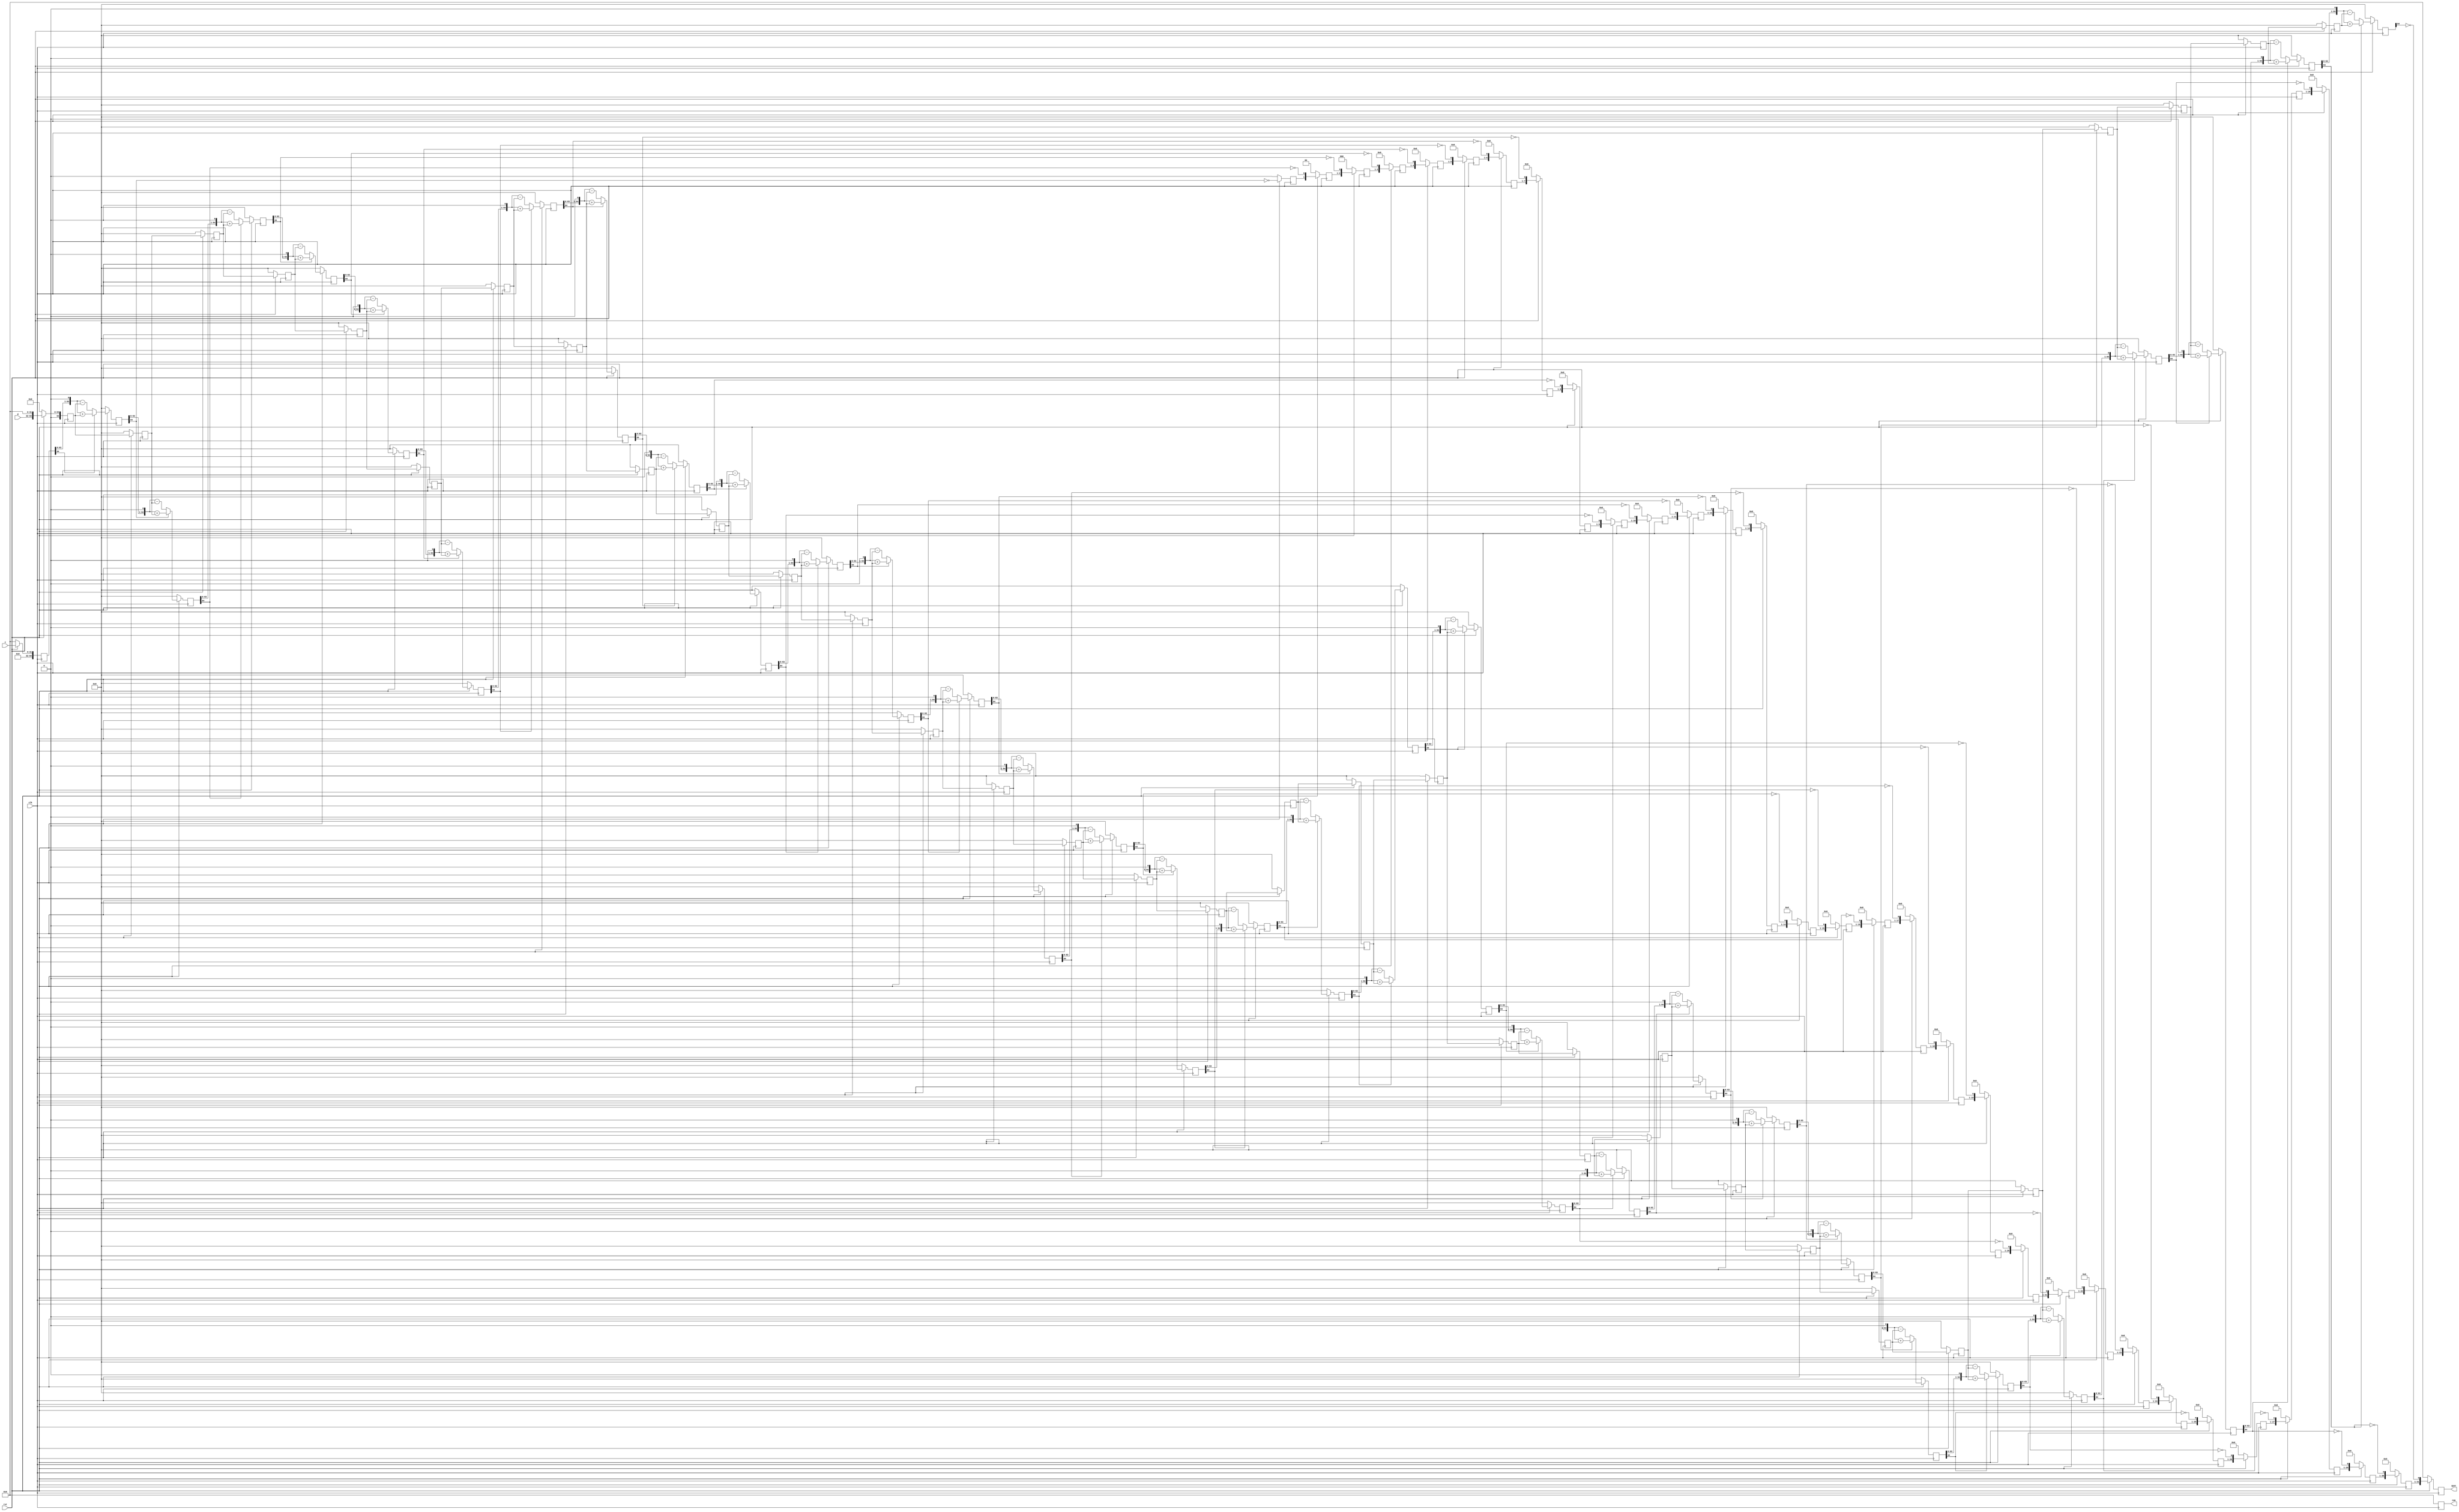
module div_pipelined(clk, rst, z, d,
                     quot, rem);
   parameter  WIDTH = 32;
   
   localparam ZBITS = WIDTH*2;
   localparam DBITS = ZBITS / 2;
	
   input clk;
   input rst;
   input [WIDTH -1:0] z;
   input [DBITS -1:0] d;
   output [DBITS -1:0] quot;
   output [DBITS -1:0] rem;
   reg [DBITS-1:0]     quot;
   reg [DBITS-1:0]     rem;

   function [ZBITS:0] remainder;
      input [ZBITS:0]  rem_i; input [ZBITS:0]  d_i;
      begin
	 remainder = (rem_i[ZBITS])?({rem_i[ZBITS-1:0], 1'b0} + d_i):
	                            ({rem_i[ZBITS-1:0], 1'b0} - d_i);
      end
   endfunction // remainder
   
   function [DBITS-1:0] remainder_final;
      input [ZBITS:0] rem_i; input [ZBITS:0] d_i;
      begin
	 remainder_final = (rem_i[ZBITS]?(rem_i + d_i):rem_i);
      end
   endfunction // remainder_final
                     

   function [DBITS-1:0] quotient;
      input [DBITS-1:0] quot_i; input [ZBITS:0] rem_i;
      begin
	 quotient = {quot_i[DBITS-2:0], ~rem_i[ZBITS]};
      end
   endfunction

   reg [ZBITS:0]   d_stage  [DBITS:0];
   reg [DBITS-1:0] quot_stage  [DBITS:0];
   reg [ZBITS:0]   rem_stage  [DBITS:0];

   wire [ZBITS:0]  rem_next;
   assign rem_next = remainder_final(rem_stage[DBITS], d_stage[DBITS]);

   integer         stage, stage0;
   
   always @(posedge clk)
     if (!rst) begin
        quot <= 0;
        rem <= 0;
        for (stage=0; stage <=DBITS; stage=stage+1) begin
           rem_stage[stage] <= 0;
           quot_stage[stage] <= 0;
           d_stage[stage] <= 0;
        end
     end  else begin
        d_stage[0] <= { 1'b0, d, { (ZBITS-DBITS){1'b0} } };
        rem_stage[0] <= z;
        quot_stage[0] <= 0; quot_stage[1] <= 0;
        
        for(stage0=1; stage0 <= DBITS; stage0=stage0+1) begin
           if (stage0>1)
	     quot_stage[stage0] <= quotient(quot_stage[stage0-1], rem_stage[stage0-1]);
           d_stage[stage0] <= d_stage[stage0-1];
	   rem_stage[stage0] <= remainder(rem_stage[stage0-1], d_stage[stage0-1]);
        end

	quot <= quotient(quot_stage[DBITS], rem_stage[DBITS]);
	  rem <= rem_next[ZBITS-1:ZBITS-DBITS];
     end // else: !if(!rst)
      
endmodule